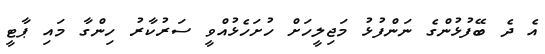
އެ ދެ ބޭފުޅުންގެ ނަންފުޅު މަޖިލީހަށް ހުށަހެޅުއްވީ ސަރުކާރު ހިންގާ މައި ޕާޓީ